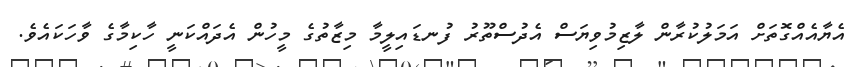
އެޔާއެއްގޮތަށް އަމަލުކުރާން ލާޒިމުވިޔަސް އެދުސްތޫރު ފުނޑައިލީމާ މިޒާތުގެ މީހުން އެދައްކަނީ ހާކިމާގެ ވާހަކައެވެ.